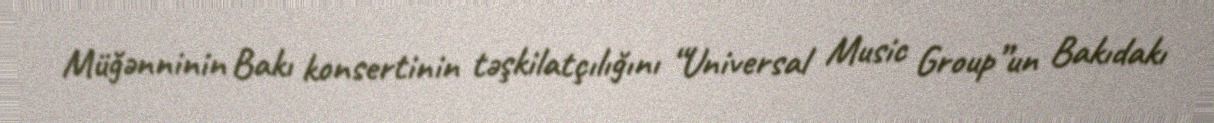
Müğənninin Bakı konsertinin təşkilatçılığını “Universal Music Group”un Bakıdakı